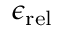
\epsilon _ { \mathrm { r e l } }